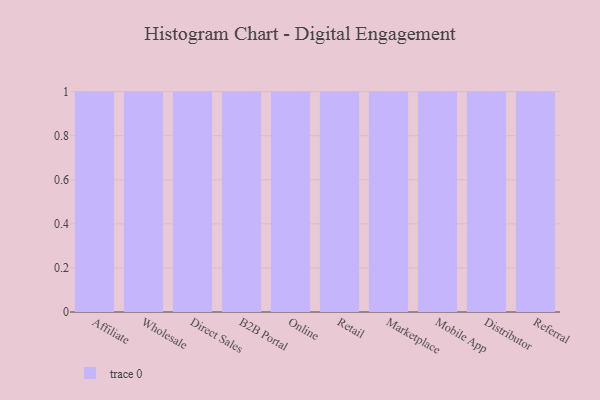
{"axis": {"x": "Channel", "y": "Inventory Turnover"}, "legend": [""], "data": [{"x": "Affiliate", "y": 39, "type": ""}, {"x": "Wholesale", "y": 97, "type": ""}, {"x": "Direct Sales", "y": 40, "type": ""}, {"x": "B2B Portal", "y": 76, "type": ""}, {"x": "Online", "y": 98, "type": ""}, {"x": "Retail", "y": 48, "type": ""}, {"x": "Marketplace", "y": 56, "type": ""}, {"x": "Mobile App", "y": 13, "type": ""}, {"x": "Distributor", "y": 94, "type": ""}, {"x": "Referral", "y": 99, "type": ""}]}